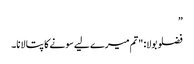
”
فضلو بولا: "تم میرے لیے سونے کا پتا لانا۔